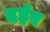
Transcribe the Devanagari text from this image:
दईए